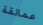
عمالقة